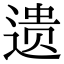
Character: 遗